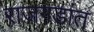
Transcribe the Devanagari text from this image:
राजगडांत